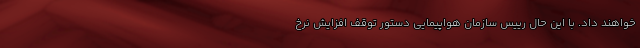
خواهند داد. با این حال رییس سازمان هواپیمایی دستور توقف افزایش نرخ